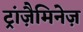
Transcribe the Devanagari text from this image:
ट्रांज़ैमिनेज़